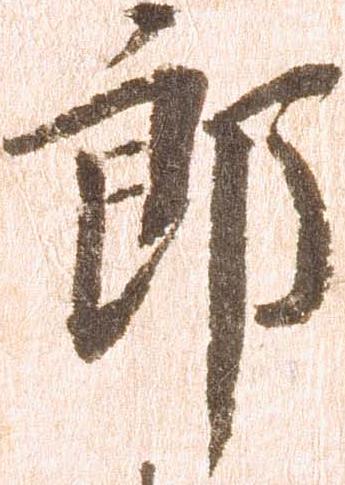
郎